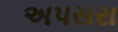
અપસરા